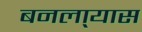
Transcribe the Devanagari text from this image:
बनला्यास